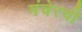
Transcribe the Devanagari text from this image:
मंचेरची